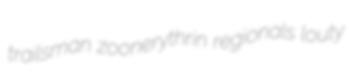
trailsman zoonerythrin regionals louty